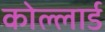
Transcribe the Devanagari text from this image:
कोल्लार्ड